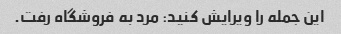
این جمله را ویرایش کنید: مرد به فروشگاه رفت.